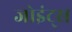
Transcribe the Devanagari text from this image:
जोइंट्स